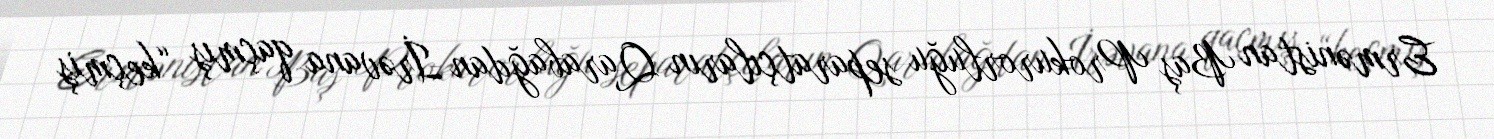
Ermənistan Baş Prokurorluğu separatçıların Qarabağdan İrəvana qaçmış “keçmiş